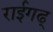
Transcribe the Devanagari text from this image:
राईगढ्